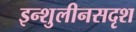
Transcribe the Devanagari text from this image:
इन्शुलीनसदृश